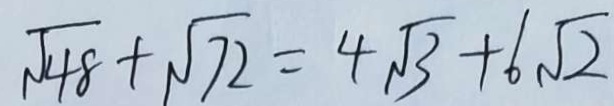
\sqrt { 4 8 } + \sqrt { 7 2 } = 4 \sqrt { 3 } + 6 \sqrt { 2 }